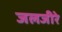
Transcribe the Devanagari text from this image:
जलजीरे